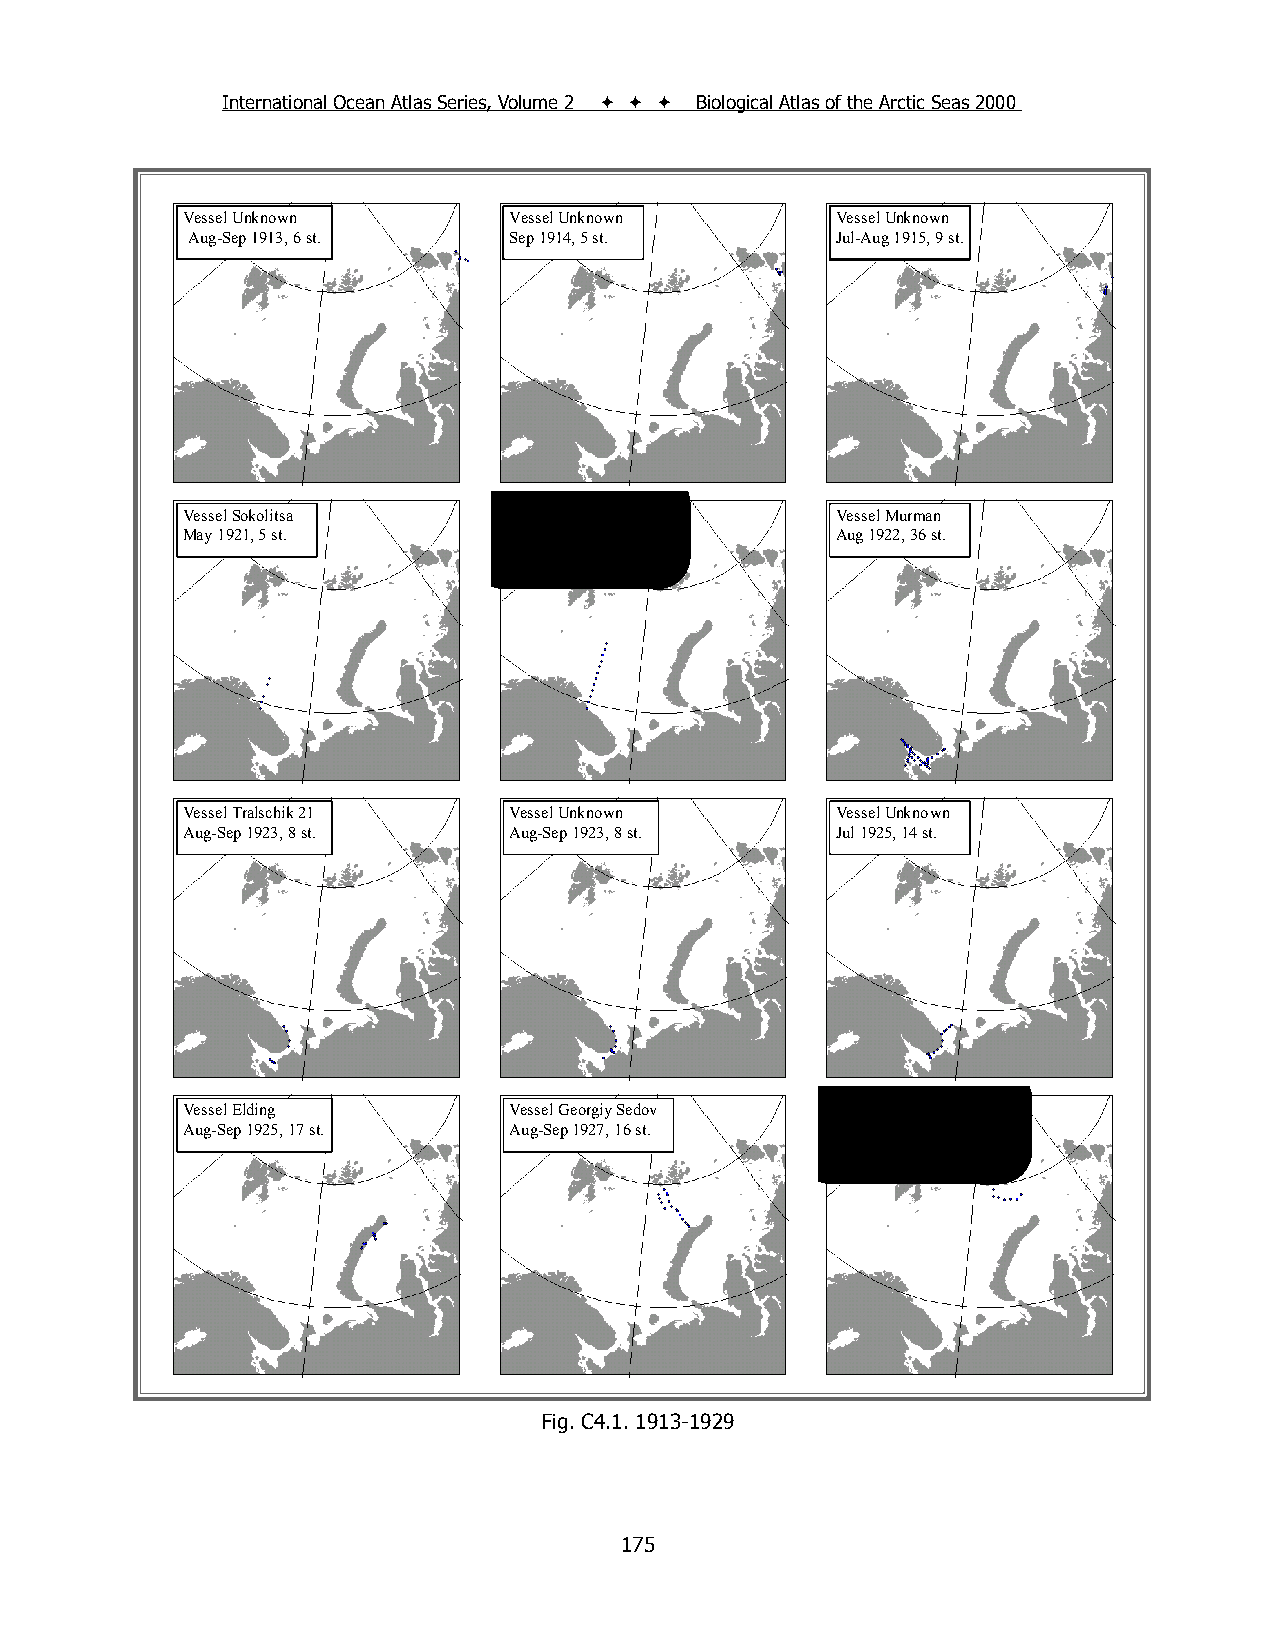
International Ocean Atlas Series, Volume 2    Biological Atlas of the Arctic Seas 2000
 Vessel Unknown        Vessel Unknown       Vessel Unknown
 Aug-Sep 1913, 6 st.   Sep 1914, 5 st.      Jul-Aug 1915, 9 st.
 Vessel Sokolitsa      Vessel Tralschik 21  Vessel Murman
 May 1921, 5 st.       Aug 1921, 12 st.     Aug 1922, 36 st.
 Vessel Tralschik 21   Vessel Unknown       Vessel Unknown
 Aug-Sep 1923, 8 st.   Aug-Sep 1923, 8 st.  Jul 1925, 14 st.
 Vessel Elding         Vessel Georgiy Sedov Vessel Georgiy Sedov
 Aug-Sep 1925, 17 st.  Aug-Sep 1927, 16 st. Aug-Sep 1929, 20 st.
 Fig. С4.1. 1913-1929
 175